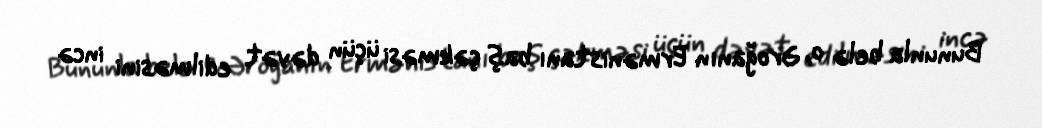
Bununla belə o, Əroğanın Ermənistanı baş çəkməsi üçün dəvət edilməsini incə